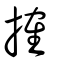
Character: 搉